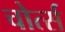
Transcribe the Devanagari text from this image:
चोर्त्स